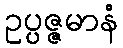
ဥပ္ပဇ္ဇမာနံ